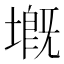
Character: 𡏲